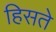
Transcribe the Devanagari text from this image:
हिसते